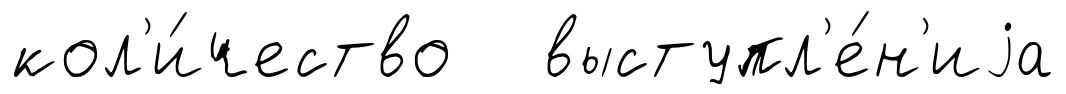
кол'и́чество выступл'е́н'иjа